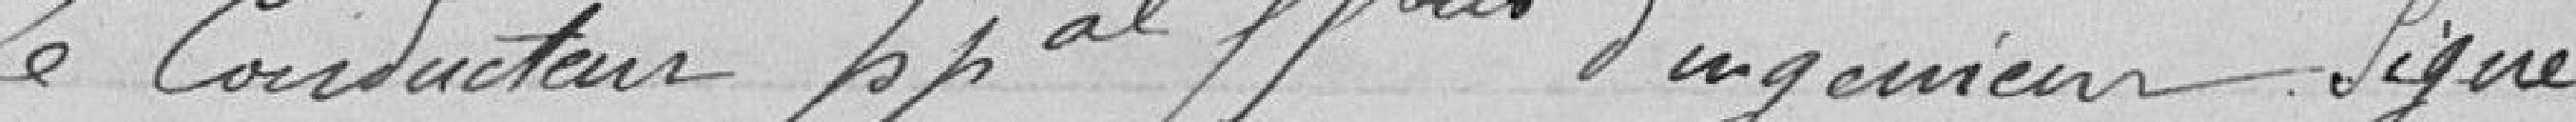
Le Conducteur principal ??, d'ingénieur   signé....